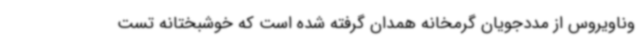
وناویروس از مددجویان گرمخانه همدان گرفته شده است که خوشبختانه تست